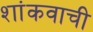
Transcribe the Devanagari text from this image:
शांकवाची